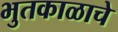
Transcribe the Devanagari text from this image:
भुतकाळाचे